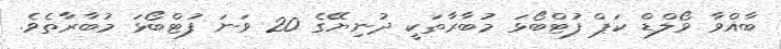
ބާއްވާ ވޯލްޑް ކަޕް ފުޓްބޯޅަ މުބާރާތަކީ ދުނިޔޭގެ 20 ވަނަ ފުޓްބޯޅަ މުބާރާތެވެ.